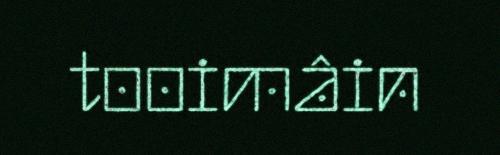
tooimâin